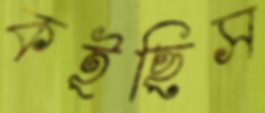
কইছিস